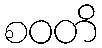
စဝတိ